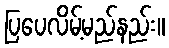
ပြပေလိမ့်မည်နည်း။